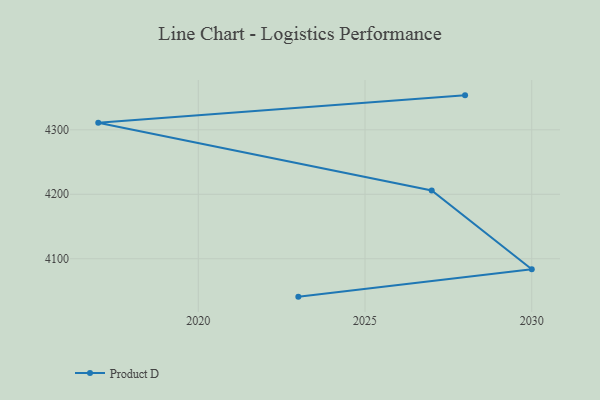
{"axis": {"x": "Year", "y": "Gross Profit (USD K)"}, "legend": ["Product D"], "data": [{"x": "2028", "y": 4353.5, "type": "Product D"}, {"x": "2017", "y": 4311.1, "type": "Product D"}, {"x": "2027", "y": 4206.0, "type": "Product D"}, {"x": "2030", "y": 4083.8, "type": "Product D"}, {"x": "2023", "y": 4041.2, "type": "Product D"}]}